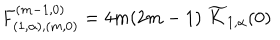
F _ { ( 1 , \alpha ) , ( m , 0 ) } ^ { ( m - 1 , 0 ) } = 4 m ( 2 m - 1 ) \; \widetilde { K } _ { 1 , \alpha } ( 0 )